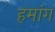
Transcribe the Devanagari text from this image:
हमांग